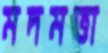
মদমত্তা